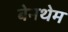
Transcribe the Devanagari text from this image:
बेनथेम